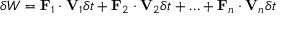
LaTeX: \delta W = \mathbf { F } _ { 1 } \cdot \mathbf { V } _ { 1 } \delta t + \mathbf { F } _ { 2 } \cdot \mathbf { V } _ { 2 } \delta t + \ldots + \mathbf { F } _ { n } \cdot \mathbf { V } _ { n } \delta t